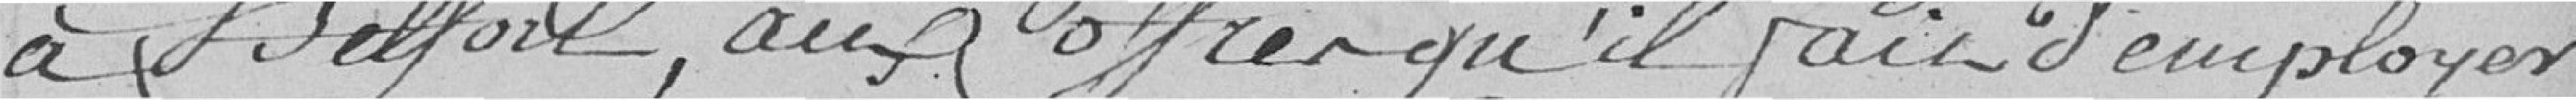
à Belfort, aux offres qu'il fait d'employer